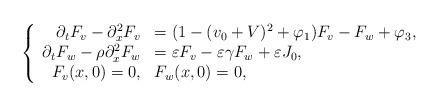
LaTeX: \begin{align*}\left\{\begin{array}{rl}\partial_t F_v - \partial_{x}^2F_v &= (1-(v_0+V)^2 + \varphi_1) F_v - F_w + \varphi_3,\\\partial_t F_w-\rho\partial_{x}^2F_w&= \varepsilon F_v - \varepsilon \gamma F_w + \varepsilon J_0,\\F_v(x,0)=0, & F_w(x,0) = 0,\end{array}\right.\end{align*}